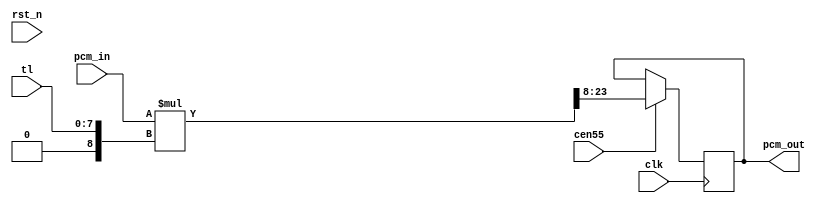
module jt10_adpcmb_gain(
    input                    rst_n,
    input                    clk,        // CPU clock
    input                    cen55,
    input             [ 7:0] tl,         // ADPCM Total Level
    input      signed [15:0] pcm_in,
    output reg signed [15:0] pcm_out
);

wire signed [15:0] factor = {8'd0, tl};
wire signed [31:0] pcm_mul = pcm_in * factor; // linear gain

always @(posedge clk) if(cen55)
    pcm_out <= pcm_mul[23:8];

endmodule